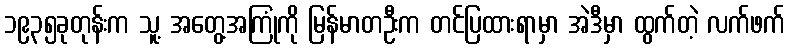
၁၉၃၅ခုတုန်းက သူ့ အတွေ့အကြုံကို မြန်မာတဦးက တင်ပြထားရာမှာ အဲဒီမှာ ထွက်တဲ့ လက်ဖက်